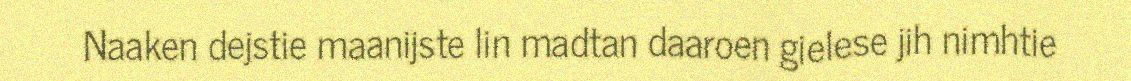
Naaken dejstie maanijste lin madtan daaroen gielese jih nimhtie